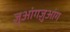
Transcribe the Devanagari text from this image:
ज़ुआंगज़ुआंग